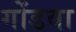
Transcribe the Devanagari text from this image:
गोंडवा